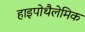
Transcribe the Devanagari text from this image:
हाइपोथैलेमिक